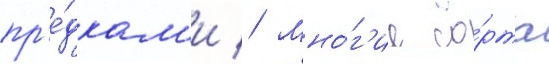
пр'е́дкам'и // Мно́г'ие со́рта